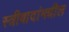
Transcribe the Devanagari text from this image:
स्त्रीवादांमधील